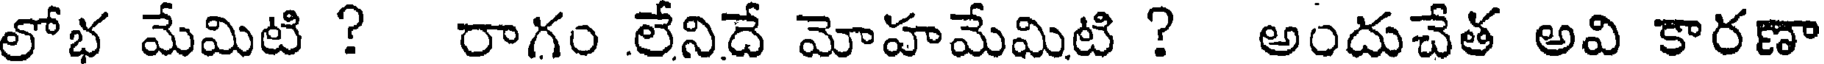
లోభ మేమిటి ? రాగం లేనిదే మోహమేమిటి ? అందుచేత అవి కారణా